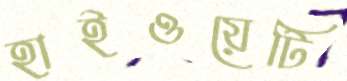
হাইওয়েটি